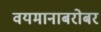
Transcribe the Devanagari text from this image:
वयमानाबरोबर